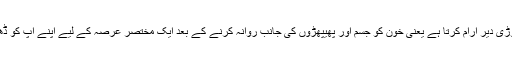
اس کے بعد وہ تھوڑی دیر آرام کرتا ہے یعنی خون کو جسم اور پھیپھڑوں کی جانب روانہ کرنے کے بعد ایک مختصر عرصہ کے لیے اپنے آپ کو ڈھیلا چھوڑ دیتا ہے۔